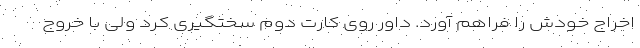
اخراج خودش را فراهم آورد. داور روی کارت دوم سختگیری کرد ولی با خروج